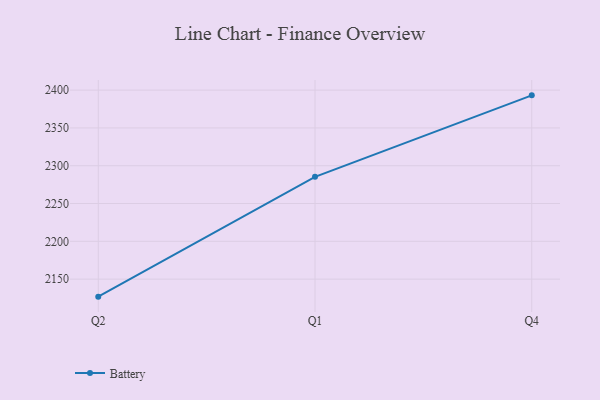
{"axis": {"x": "Quarter", "y": "Operating Costs (USD K)"}, "legend": ["Battery"], "data": [{"x": "Q2", "y": 2126.8, "type": "Battery"}, {"x": "Q1", "y": 2285.3, "type": "Battery"}, {"x": "Q4", "y": 2393.1, "type": "Battery"}]}